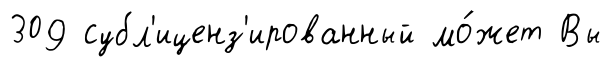
309 субл'иценз'ированный мо́жет Вы